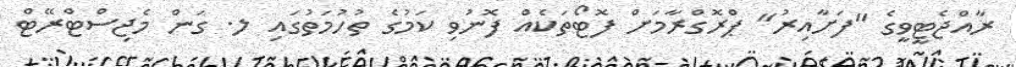
ރާއްޖެޓީވީގެ "ފަށާއިރު" ޕްރޮގްރާމަށް ފޮޓޯތަކެއް ފޮނުވި ކަމުގެ ތުހުމަތުގައި ލ. ގަން މެޖިސްޓްރޭޓް